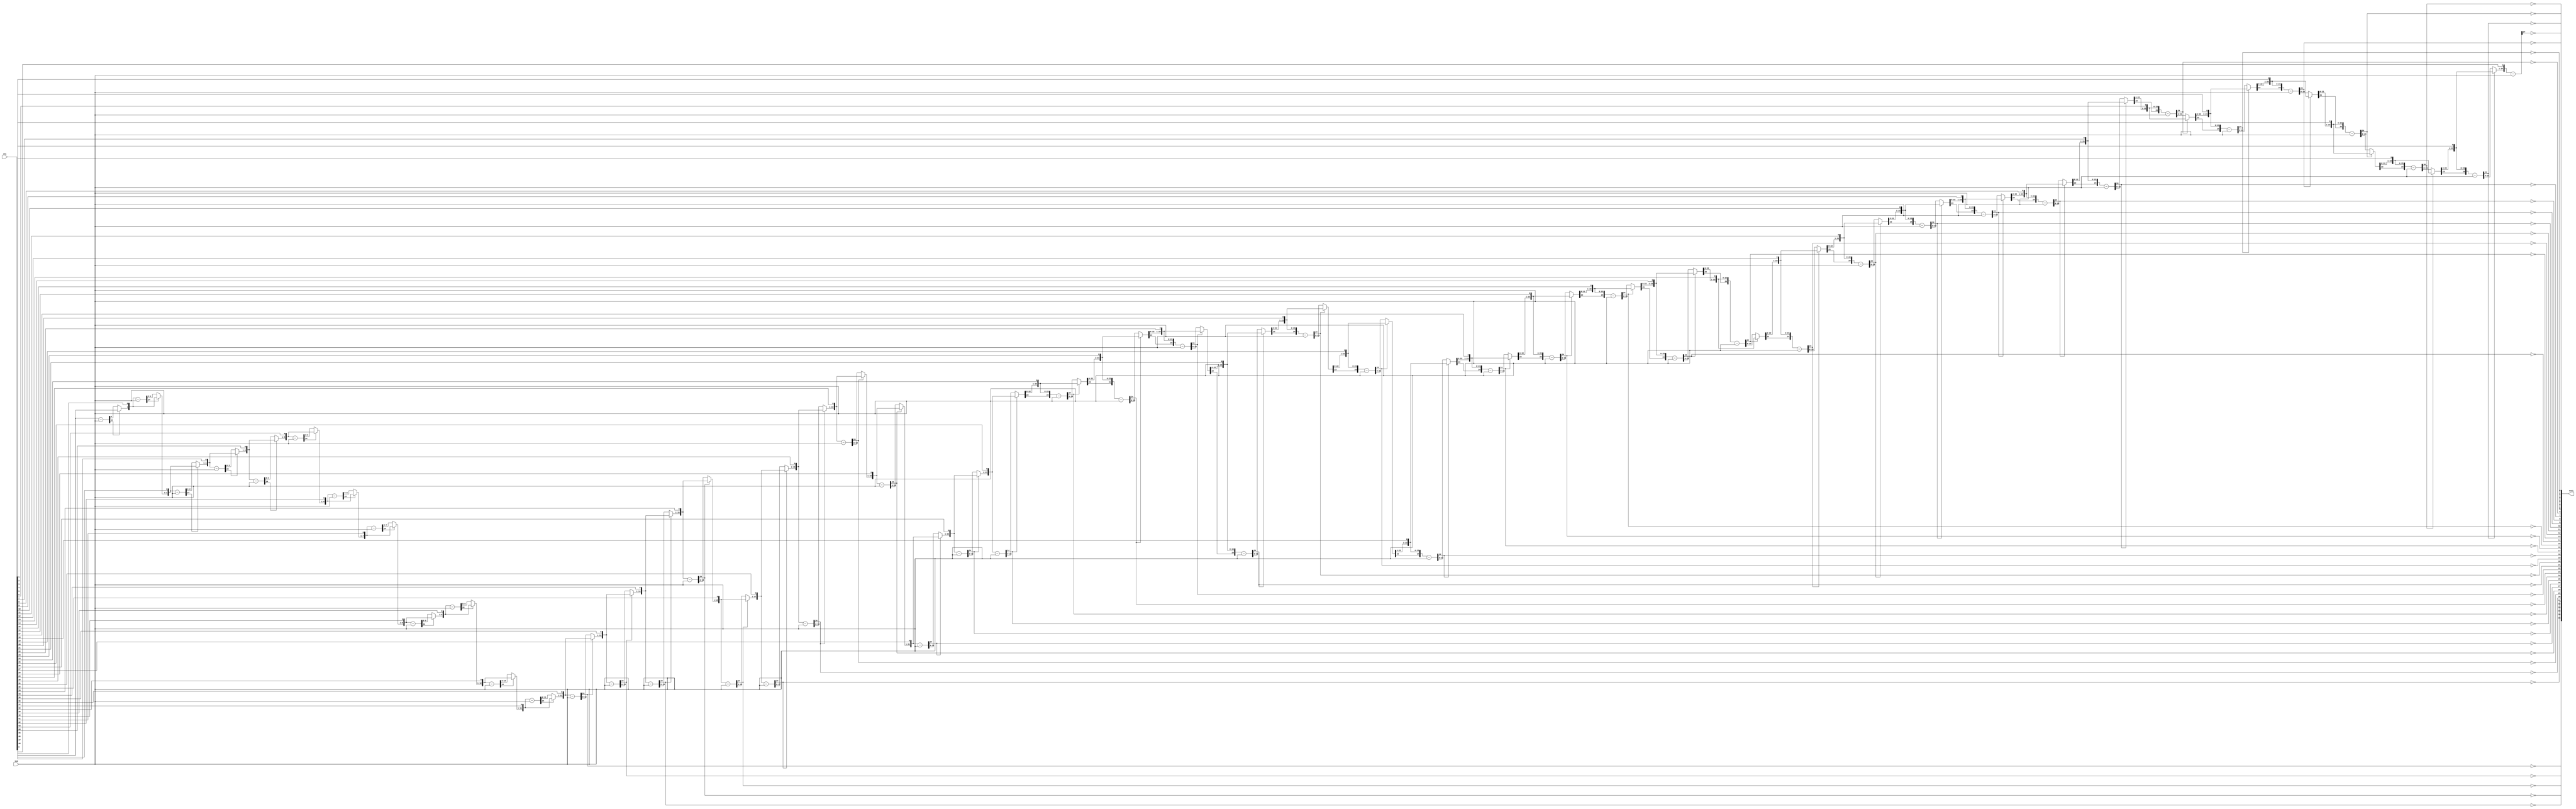
`timescale 1ps / 1ps
/*****************************************************************************
    Verilog RTL Description
    
    
    Created by: Stratus DpOpt 21.05.01 
*******************************************************************************/

module SobelFilter_DivRem_4 (
	in1,
	in2,
	out1
	); /* architecture "behavioural" */ 
input [48:0] in1;
input [23:0] in2;
output [36:0] out1;
wire [36:0] asc001_0;
wire [24:0] in1_1;
wire [0:0] in1_2;
wire [24:0] in1_4;
wire [1:0] in1_5;
wire [24:0] in1_7;
wire [2:0] in1_8;
wire [24:0] in1_10;
wire [3:0] in1_11;
wire [24:0] in1_13;
wire [4:0] in1_14;
wire [24:0] in1_16;
wire [5:0] in1_17;
wire [24:0] in1_19;
wire [6:0] in1_20;
wire [24:0] in1_22;
wire [7:0] in1_23;
wire [24:0] in1_25;
wire [8:0] in1_26;
wire [24:0] in1_28;
wire [9:0] in1_29;
wire [24:0] in1_31;
wire [10:0] in1_32;
wire [24:0] in1_34;
wire [11:0] in1_35;
wire [24:0] in1_37;
wire [12:0] in1_38;
wire [24:0] in1_40;
wire [13:0] in1_41;
wire [24:0] in1_43;
wire [14:0] in1_44;
wire [24:0] in1_46;
wire [15:0] in1_47;
wire [24:0] in1_49;
wire [16:0] in1_50;
wire [24:0] in1_52;
wire [17:0] in1_53;
wire [24:0] in1_55;
wire [18:0] in1_56;
wire [24:0] in1_58;
wire [19:0] in1_59;
wire [24:0] in1_61;
wire [20:0] in1_62;
wire [24:0] in1_64;
wire [21:0] in1_65;
wire [24:0] in1_67;
wire [22:0] in1_68;
wire [24:0] in1_70;
wire [23:0] in1_71;
wire [24:0] in1_73,
	in1_74,
	in1_76;
wire [25:0] in1_77;
wire [24:0] in1_79;
wire [26:0] in1_80;
wire [24:0] in1_82;
wire [27:0] in1_83;
wire [24:0] in1_85;
wire [28:0] in1_86;
wire [24:0] in1_88;
wire [29:0] in1_89;
wire [24:0] in1_91;
wire [30:0] in1_92;
wire [24:0] in1_94;
wire [31:0] in1_95;
wire [24:0] in1_97;
wire [32:0] in1_98;
wire [24:0] in1_100;
wire [33:0] in1_101;
wire [24:0] in1_103;
wire [34:0] in1_104;
wire [24:0] in1_106;
wire [35:0] in1_107;
wire [24:0] in1_109;
wire [36:0] in1_110;
wire [24:0] in1_112;
wire [37:0] in1_113;
wire [24:0] in1_115;
wire [38:0] in1_116;
wire [24:0] in1_118;
wire [39:0] in1_119;
wire [24:0] in1_121;
wire [40:0] in1_122;
wire [24:0] in1_124;
wire [41:0] in1_125;
wire [24:0] in1_127;
wire [42:0] in1_128;
wire [24:0] in1_130;
wire [43:0] in1_131;
wire [24:0] in1_133;
wire [44:0] in1_134;
wire [24:0] in1_136;
wire [45:0] in1_137;
wire [24:0] in1_139;
wire [46:0] in1_140;
wire [24:0] in1_142;
wire [47:0] in1_143;
wire [48:0] in1_144;
wire [24:0] in1_145;
wire [1:0] in1_3_0,
	in1_3_1;
wire [2:0] in1_6_0,
	in1_6_1;
wire [3:0] in1_9_0,
	in1_9_1;
wire [4:0] in1_12_0,
	in1_12_1;
wire [5:0] in1_15_0,
	in1_15_1;
wire [6:0] in1_18_0,
	in1_18_1;
wire [7:0] in1_21_0,
	in1_21_1;
wire [8:0] in1_24_0,
	in1_24_1;
wire [9:0] in1_27_0,
	in1_27_1;
wire [10:0] in1_30_0,
	in1_30_1;
wire [11:0] in1_33_0,
	in1_33_1;
wire [12:0] in1_36_0,
	in1_36_1;
wire [13:0] in1_39_0,
	in1_39_1;
wire [14:0] in1_42_0,
	in1_42_1;
wire [15:0] in1_45_0,
	in1_45_1;
wire [16:0] in1_48_0,
	in1_48_1;
wire [17:0] in1_51_0,
	in1_51_1;
wire [18:0] in1_54_0,
	in1_54_1;
wire [19:0] in1_57_0,
	in1_57_1;
wire [20:0] in1_60_0,
	in1_60_1;
wire [21:0] in1_63_0,
	in1_63_1;
wire [22:0] in1_66_0,
	in1_66_1;
wire [23:0] in1_69_0,
	in1_69_1;
wire [24:0] in1_72_0,
	in1_72_1;
wire [25:0] in1_75_0,
	in1_75_1;
wire [26:0] in1_78_0,
	in1_78_1;
wire [27:0] in1_81_0,
	in1_81_1;
wire [28:0] in1_84_0,
	in1_84_1;
wire [29:0] in1_87_0,
	in1_87_1;
wire [30:0] in1_90_0,
	in1_90_1;
wire [31:0] in1_93_0,
	in1_93_1;
wire [32:0] in1_96_0,
	in1_96_1;
wire [33:0] in1_99_0,
	in1_99_1;
wire [34:0] in1_102_0,
	in1_102_1;
wire [35:0] in1_105_0,
	in1_105_1;
wire [36:0] in1_108_0,
	in1_108_1;
wire [37:0] in1_111_0,
	in1_111_1;
wire [38:0] in1_114_0,
	in1_114_1;
wire [39:0] in1_117_0,
	in1_117_1;
wire [40:0] in1_120_0,
	in1_120_1;
wire [41:0] in1_123_0,
	in1_123_1;
wire [42:0] in1_126_0,
	in1_126_1;
wire [43:0] in1_129_0,
	in1_129_1;
wire [44:0] in1_132_0,
	in1_132_1;
wire [45:0] in1_135_0,
	in1_135_1;
wire [46:0] in1_138_0,
	in1_138_1;
wire [47:0] in1_141_0,
	in1_141_1;

wire [24:0] in1_1_tmp_0;
assign in1_1_tmp_0 = 
	+(in1[48]);
assign in1_1 = in1_1_tmp_0
	-(in2);

reg [0:0] in1_2_tmp_1;
assign in1_2 = in1_2_tmp_1;
always @ (in1_1[24] or in1_1[0] or in1[48]) begin
	case (in1_1[24])
		1'B0 : in1_2_tmp_1 = in1_1[0] ;
		default : in1_2_tmp_1 = in1[48] ;
	endcase
end

assign in1_3_0 = {in1_2,in1[47]};

assign in1_3_1 = {in1_2,in1[47]};

wire [24:0] in1_4_tmp_2;
assign in1_4_tmp_2 = 
	+(in1_3_1);
assign in1_4 = in1_4_tmp_2
	-(in2);

reg [1:0] in1_5_tmp_3;
assign in1_5 = in1_5_tmp_3;
always @ (in1_4[24] or in1_4[1:0] or in1_3_0) begin
	case (in1_4[24])
		1'B0 : in1_5_tmp_3 = in1_4[1:0] ;
		default : in1_5_tmp_3 = in1_3_0 ;
	endcase
end

assign in1_6_0 = {in1_5,in1[46]};

assign in1_6_1 = {in1_5,in1[46]};

wire [24:0] in1_7_tmp_4;
assign in1_7_tmp_4 = 
	+(in1_6_1);
assign in1_7 = in1_7_tmp_4
	-(in2);

reg [2:0] in1_8_tmp_5;
assign in1_8 = in1_8_tmp_5;
always @ (in1_7[24] or in1_7[2:0] or in1_6_0) begin
	case (in1_7[24])
		1'B0 : in1_8_tmp_5 = in1_7[2:0] ;
		default : in1_8_tmp_5 = in1_6_0 ;
	endcase
end

assign in1_9_0 = {in1_8,in1[45]};

assign in1_9_1 = {in1_8,in1[45]};

wire [24:0] in1_10_tmp_6;
assign in1_10_tmp_6 = 
	+(in1_9_1);
assign in1_10 = in1_10_tmp_6
	-(in2);

reg [3:0] in1_11_tmp_7;
assign in1_11 = in1_11_tmp_7;
always @ (in1_10[24] or in1_10[3:0] or in1_9_0) begin
	case (in1_10[24])
		1'B0 : in1_11_tmp_7 = in1_10[3:0] ;
		default : in1_11_tmp_7 = in1_9_0 ;
	endcase
end

assign in1_12_0 = {in1_11,in1[44]};

assign in1_12_1 = {in1_11,in1[44]};

wire [24:0] in1_13_tmp_8;
assign in1_13_tmp_8 = 
	+(in1_12_1);
assign in1_13 = in1_13_tmp_8
	-(in2);

reg [4:0] in1_14_tmp_9;
assign in1_14 = in1_14_tmp_9;
always @ (in1_13[24] or in1_13[4:0] or in1_12_0) begin
	case (in1_13[24])
		1'B0 : in1_14_tmp_9 = in1_13[4:0] ;
		default : in1_14_tmp_9 = in1_12_0 ;
	endcase
end

assign in1_15_0 = {in1_14,in1[43]};

assign in1_15_1 = {in1_14,in1[43]};

wire [24:0] in1_16_tmp_10;
assign in1_16_tmp_10 = 
	+(in1_15_1);
assign in1_16 = in1_16_tmp_10
	-(in2);

reg [5:0] in1_17_tmp_11;
assign in1_17 = in1_17_tmp_11;
always @ (in1_16[24] or in1_16[5:0] or in1_15_0) begin
	case (in1_16[24])
		1'B0 : in1_17_tmp_11 = in1_16[5:0] ;
		default : in1_17_tmp_11 = in1_15_0 ;
	endcase
end

assign in1_18_0 = {in1_17,in1[42]};

assign in1_18_1 = {in1_17,in1[42]};

wire [24:0] in1_19_tmp_12;
assign in1_19_tmp_12 = 
	+(in1_18_1);
assign in1_19 = in1_19_tmp_12
	-(in2);

reg [6:0] in1_20_tmp_13;
assign in1_20 = in1_20_tmp_13;
always @ (in1_19[24] or in1_19[6:0] or in1_18_0) begin
	case (in1_19[24])
		1'B0 : in1_20_tmp_13 = in1_19[6:0] ;
		default : in1_20_tmp_13 = in1_18_0 ;
	endcase
end

assign in1_21_0 = {in1_20,in1[41]};

assign in1_21_1 = {in1_20,in1[41]};

wire [24:0] in1_22_tmp_14;
assign in1_22_tmp_14 = 
	+(in1_21_1);
assign in1_22 = in1_22_tmp_14
	-(in2);

reg [7:0] in1_23_tmp_15;
assign in1_23 = in1_23_tmp_15;
always @ (in1_22[24] or in1_22[7:0] or in1_21_0) begin
	case (in1_22[24])
		1'B0 : in1_23_tmp_15 = in1_22[7:0] ;
		default : in1_23_tmp_15 = in1_21_0 ;
	endcase
end

assign in1_24_0 = {in1_23,in1[40]};

assign in1_24_1 = {in1_23,in1[40]};

wire [24:0] in1_25_tmp_16;
assign in1_25_tmp_16 = 
	+(in1_24_1);
assign in1_25 = in1_25_tmp_16
	-(in2);

reg [8:0] in1_26_tmp_17;
assign in1_26 = in1_26_tmp_17;
always @ (in1_25[24] or in1_25[8:0] or in1_24_0) begin
	case (in1_25[24])
		1'B0 : in1_26_tmp_17 = in1_25[8:0] ;
		default : in1_26_tmp_17 = in1_24_0 ;
	endcase
end

assign in1_27_0 = {in1_26,in1[39]};

assign in1_27_1 = {in1_26,in1[39]};

wire [24:0] in1_28_tmp_18;
assign in1_28_tmp_18 = 
	+(in1_27_1);
assign in1_28 = in1_28_tmp_18
	-(in2);

reg [9:0] in1_29_tmp_19;
assign in1_29 = in1_29_tmp_19;
always @ (in1_28[24] or in1_28[9:0] or in1_27_0) begin
	case (in1_28[24])
		1'B0 : in1_29_tmp_19 = in1_28[9:0] ;
		default : in1_29_tmp_19 = in1_27_0 ;
	endcase
end

assign in1_30_0 = {in1_29,in1[38]};

assign in1_30_1 = {in1_29,in1[38]};

wire [24:0] in1_31_tmp_20;
assign in1_31_tmp_20 = 
	+(in1_30_1);
assign in1_31 = in1_31_tmp_20
	-(in2);

reg [10:0] in1_32_tmp_21;
assign in1_32 = in1_32_tmp_21;
always @ (in1_31[24] or in1_31[10:0] or in1_30_0) begin
	case (in1_31[24])
		1'B0 : in1_32_tmp_21 = in1_31[10:0] ;
		default : in1_32_tmp_21 = in1_30_0 ;
	endcase
end

assign in1_33_0 = {in1_32,in1[37]};

assign in1_33_1 = {in1_32,in1[37]};

wire [24:0] in1_34_tmp_22;
assign in1_34_tmp_22 = 
	+(in1_33_1);
assign in1_34 = in1_34_tmp_22
	-(in2);

reg [11:0] in1_35_tmp_23;
assign in1_35 = in1_35_tmp_23;
always @ (in1_34[24] or in1_34[11:0] or in1_33_0) begin
	case (in1_34[24])
		1'B0 : in1_35_tmp_23 = in1_34[11:0] ;
		default : in1_35_tmp_23 = in1_33_0 ;
	endcase
end

assign in1_36_0 = {in1_35,in1[36]};

assign in1_36_1 = {in1_35,in1[36]};

wire [24:0] in1_37_tmp_24;
assign in1_37_tmp_24 = 
	+(in1_36_1);
assign in1_37 = in1_37_tmp_24
	-(in2);

assign asc001_0[36] = ~in1_37[24];

reg [12:0] in1_38_tmp_25;
assign in1_38 = in1_38_tmp_25;
always @ (in1_37[24] or in1_37[12:0] or in1_36_0) begin
	case (in1_37[24])
		1'B0 : in1_38_tmp_25 = in1_37[12:0] ;
		default : in1_38_tmp_25 = in1_36_0 ;
	endcase
end

assign in1_39_0 = {in1_38,in1[35]};

assign in1_39_1 = {in1_38,in1[35]};

wire [24:0] in1_40_tmp_26;
assign in1_40_tmp_26 = 
	+(in1_39_1);
assign in1_40 = in1_40_tmp_26
	-(in2);

assign asc001_0[35] = ~in1_40[24];

reg [13:0] in1_41_tmp_27;
assign in1_41 = in1_41_tmp_27;
always @ (in1_40[24] or in1_40[13:0] or in1_39_0) begin
	case (in1_40[24])
		1'B0 : in1_41_tmp_27 = in1_40[13:0] ;
		default : in1_41_tmp_27 = in1_39_0 ;
	endcase
end

assign in1_42_0 = {in1_41,in1[34]};

assign in1_42_1 = {in1_41,in1[34]};

wire [24:0] in1_43_tmp_28;
assign in1_43_tmp_28 = 
	+(in1_42_1);
assign in1_43 = in1_43_tmp_28
	-(in2);

assign asc001_0[34] = ~in1_43[24];

reg [14:0] in1_44_tmp_29;
assign in1_44 = in1_44_tmp_29;
always @ (in1_43[24] or in1_43[14:0] or in1_42_0) begin
	case (in1_43[24])
		1'B0 : in1_44_tmp_29 = in1_43[14:0] ;
		default : in1_44_tmp_29 = in1_42_0 ;
	endcase
end

assign in1_45_0 = {in1_44,in1[33]};

assign in1_45_1 = {in1_44,in1[33]};

wire [24:0] in1_46_tmp_30;
assign in1_46_tmp_30 = 
	+(in1_45_1);
assign in1_46 = in1_46_tmp_30
	-(in2);

assign asc001_0[33] = ~in1_46[24];

reg [15:0] in1_47_tmp_31;
assign in1_47 = in1_47_tmp_31;
always @ (in1_46[24] or in1_46[15:0] or in1_45_0) begin
	case (in1_46[24])
		1'B0 : in1_47_tmp_31 = in1_46[15:0] ;
		default : in1_47_tmp_31 = in1_45_0 ;
	endcase
end

assign in1_48_0 = {in1_47,in1[32]};

assign in1_48_1 = {in1_47,in1[32]};

wire [24:0] in1_49_tmp_32;
assign in1_49_tmp_32 = 
	+(in1_48_1);
assign in1_49 = in1_49_tmp_32
	-(in2);

assign asc001_0[32] = ~in1_49[24];

reg [16:0] in1_50_tmp_33;
assign in1_50 = in1_50_tmp_33;
always @ (in1_49[24] or in1_49[16:0] or in1_48_0) begin
	case (in1_49[24])
		1'B0 : in1_50_tmp_33 = in1_49[16:0] ;
		default : in1_50_tmp_33 = in1_48_0 ;
	endcase
end

assign in1_51_0 = {in1_50,in1[31]};

assign in1_51_1 = {in1_50,in1[31]};

wire [24:0] in1_52_tmp_34;
assign in1_52_tmp_34 = 
	+(in1_51_1);
assign in1_52 = in1_52_tmp_34
	-(in2);

assign asc001_0[31] = ~in1_52[24];

reg [17:0] in1_53_tmp_35;
assign in1_53 = in1_53_tmp_35;
always @ (in1_52[24] or in1_52[17:0] or in1_51_0) begin
	case (in1_52[24])
		1'B0 : in1_53_tmp_35 = in1_52[17:0] ;
		default : in1_53_tmp_35 = in1_51_0 ;
	endcase
end

assign in1_54_0 = {in1_53,in1[30]};

assign in1_54_1 = {in1_53,in1[30]};

wire [24:0] in1_55_tmp_36;
assign in1_55_tmp_36 = 
	+(in1_54_1);
assign in1_55 = in1_55_tmp_36
	-(in2);

assign asc001_0[30] = ~in1_55[24];

reg [18:0] in1_56_tmp_37;
assign in1_56 = in1_56_tmp_37;
always @ (in1_55[24] or in1_55[18:0] or in1_54_0) begin
	case (in1_55[24])
		1'B0 : in1_56_tmp_37 = in1_55[18:0] ;
		default : in1_56_tmp_37 = in1_54_0 ;
	endcase
end

assign in1_57_0 = {in1_56,in1[29]};

assign in1_57_1 = {in1_56,in1[29]};

wire [24:0] in1_58_tmp_38;
assign in1_58_tmp_38 = 
	+(in1_57_1);
assign in1_58 = in1_58_tmp_38
	-(in2);

assign asc001_0[29] = ~in1_58[24];

reg [19:0] in1_59_tmp_39;
assign in1_59 = in1_59_tmp_39;
always @ (in1_58[24] or in1_58[19:0] or in1_57_0) begin
	case (in1_58[24])
		1'B0 : in1_59_tmp_39 = in1_58[19:0] ;
		default : in1_59_tmp_39 = in1_57_0 ;
	endcase
end

assign in1_60_0 = {in1_59,in1[28]};

assign in1_60_1 = {in1_59,in1[28]};

wire [24:0] in1_61_tmp_40;
assign in1_61_tmp_40 = 
	+(in1_60_1);
assign in1_61 = in1_61_tmp_40
	-(in2);

assign asc001_0[28] = ~in1_61[24];

reg [20:0] in1_62_tmp_41;
assign in1_62 = in1_62_tmp_41;
always @ (in1_61[24] or in1_61[20:0] or in1_60_0) begin
	case (in1_61[24])
		1'B0 : in1_62_tmp_41 = in1_61[20:0] ;
		default : in1_62_tmp_41 = in1_60_0 ;
	endcase
end

assign in1_63_0 = {in1_62,in1[27]};

assign in1_63_1 = {in1_62,in1[27]};

wire [24:0] in1_64_tmp_42;
assign in1_64_tmp_42 = 
	+(in1_63_1);
assign in1_64 = in1_64_tmp_42
	-(in2);

assign asc001_0[27] = ~in1_64[24];

reg [21:0] in1_65_tmp_43;
assign in1_65 = in1_65_tmp_43;
always @ (in1_64[24] or in1_64[21:0] or in1_63_0) begin
	case (in1_64[24])
		1'B0 : in1_65_tmp_43 = in1_64[21:0] ;
		default : in1_65_tmp_43 = in1_63_0 ;
	endcase
end

assign in1_66_0 = {in1_65,in1[26]};

assign in1_66_1 = {in1_65,in1[26]};

wire [24:0] in1_67_tmp_44;
assign in1_67_tmp_44 = 
	+(in1_66_1);
assign in1_67 = in1_67_tmp_44
	-(in2);

assign asc001_0[26] = ~in1_67[24];

reg [22:0] in1_68_tmp_45;
assign in1_68 = in1_68_tmp_45;
always @ (in1_67[24] or in1_67[22:0] or in1_66_0) begin
	case (in1_67[24])
		1'B0 : in1_68_tmp_45 = in1_67[22:0] ;
		default : in1_68_tmp_45 = in1_66_0 ;
	endcase
end

assign in1_69_0 = {in1_68,in1[25]};

assign in1_69_1 = {in1_68,in1[25]};

wire [24:0] in1_70_tmp_46;
assign in1_70_tmp_46 = 
	+(in1_69_1);
assign in1_70 = in1_70_tmp_46
	-(in2);

assign asc001_0[25] = ~in1_70[24];

reg [23:0] in1_71_tmp_47;
assign in1_71 = in1_71_tmp_47;
always @ (in1_70[24] or in1_70[23:0] or in1_69_0) begin
	case (in1_70[24])
		1'B0 : in1_71_tmp_47 = in1_70[23:0] ;
		default : in1_71_tmp_47 = in1_69_0 ;
	endcase
end

assign in1_72_0 = {in1_71,in1[24]};

assign in1_72_1 = {in1_71,in1[24]};

wire [24:0] in1_73_tmp_48;
assign in1_73_tmp_48 = 
	+(in1_72_1);
assign in1_73 = in1_73_tmp_48
	-(in2);

assign asc001_0[24] = ~in1_73[24];

reg [24:0] in1_74_tmp_49;
assign in1_74 = in1_74_tmp_49;
always @ (in1_73[24] or in1_73 or in1_72_0) begin
	case (in1_73[24])
		1'B0 : in1_74_tmp_49 = in1_73 ;
		default : in1_74_tmp_49 = in1_72_0 ;
	endcase
end

assign in1_75_0 = {in1_74,in1[23]};

assign in1_75_1 = {in1_74,in1[23]};

wire [24:0] in1_76_tmp_50;
assign in1_76_tmp_50 = 
	+(in1_75_1[24:0]);
assign in1_76 = in1_76_tmp_50
	-(in2);

assign asc001_0[23] = ~in1_76[24];

reg [25:0] in1_77_tmp_51;
assign in1_77 = in1_77_tmp_51;
always @ (in1_76[24] or in1_76 or in1_75_0) begin
	case (in1_76[24])
		1'B0 : in1_77_tmp_51 = in1_76 ;
		default : in1_77_tmp_51 = in1_75_0 ;
	endcase
end

assign in1_78_0 = {in1_77,in1[22]};

assign in1_78_1 = {in1_77,in1[22]};

wire [24:0] in1_79_tmp_52;
assign in1_79_tmp_52 = 
	+(in1_78_1[24:0]);
assign in1_79 = in1_79_tmp_52
	-(in2);

assign asc001_0[22] = ~in1_79[24];

reg [26:0] in1_80_tmp_53;
assign in1_80 = in1_80_tmp_53;
always @ (in1_79[24] or in1_79 or in1_78_0) begin
	case (in1_79[24])
		1'B0 : in1_80_tmp_53 = in1_79 ;
		default : in1_80_tmp_53 = in1_78_0 ;
	endcase
end

assign in1_81_0 = {in1_80,in1[21]};

assign in1_81_1 = {in1_80,in1[21]};

wire [24:0] in1_82_tmp_54;
assign in1_82_tmp_54 = 
	+(in1_81_1[24:0]);
assign in1_82 = in1_82_tmp_54
	-(in2);

assign asc001_0[21] = ~in1_82[24];

reg [27:0] in1_83_tmp_55;
assign in1_83 = in1_83_tmp_55;
always @ (in1_82[24] or in1_82 or in1_81_0) begin
	case (in1_82[24])
		1'B0 : in1_83_tmp_55 = in1_82 ;
		default : in1_83_tmp_55 = in1_81_0 ;
	endcase
end

assign in1_84_0 = {in1_83,in1[20]};

assign in1_84_1 = {in1_83,in1[20]};

wire [24:0] in1_85_tmp_56;
assign in1_85_tmp_56 = 
	+(in1_84_1[24:0]);
assign in1_85 = in1_85_tmp_56
	-(in2);

assign asc001_0[20] = ~in1_85[24];

reg [28:0] in1_86_tmp_57;
assign in1_86 = in1_86_tmp_57;
always @ (in1_85[24] or in1_85 or in1_84_0) begin
	case (in1_85[24])
		1'B0 : in1_86_tmp_57 = in1_85 ;
		default : in1_86_tmp_57 = in1_84_0 ;
	endcase
end

assign in1_87_0 = {in1_86,in1[19]};

assign in1_87_1 = {in1_86,in1[19]};

wire [24:0] in1_88_tmp_58;
assign in1_88_tmp_58 = 
	+(in1_87_1[24:0]);
assign in1_88 = in1_88_tmp_58
	-(in2);

assign asc001_0[19] = ~in1_88[24];

reg [29:0] in1_89_tmp_59;
assign in1_89 = in1_89_tmp_59;
always @ (in1_88[24] or in1_88 or in1_87_0) begin
	case (in1_88[24])
		1'B0 : in1_89_tmp_59 = in1_88 ;
		default : in1_89_tmp_59 = in1_87_0 ;
	endcase
end

assign in1_90_0 = {in1_89,in1[18]};

assign in1_90_1 = {in1_89,in1[18]};

wire [24:0] in1_91_tmp_60;
assign in1_91_tmp_60 = 
	+(in1_90_1[24:0]);
assign in1_91 = in1_91_tmp_60
	-(in2);

assign asc001_0[18] = ~in1_91[24];

reg [30:0] in1_92_tmp_61;
assign in1_92 = in1_92_tmp_61;
always @ (in1_91[24] or in1_91 or in1_90_0) begin
	case (in1_91[24])
		1'B0 : in1_92_tmp_61 = in1_91 ;
		default : in1_92_tmp_61 = in1_90_0 ;
	endcase
end

assign in1_93_0 = {in1_92,in1[17]};

assign in1_93_1 = {in1_92,in1[17]};

wire [24:0] in1_94_tmp_62;
assign in1_94_tmp_62 = 
	+(in1_93_1[24:0]);
assign in1_94 = in1_94_tmp_62
	-(in2);

assign asc001_0[17] = ~in1_94[24];

reg [31:0] in1_95_tmp_63;
assign in1_95 = in1_95_tmp_63;
always @ (in1_94[24] or in1_94 or in1_93_0) begin
	case (in1_94[24])
		1'B0 : in1_95_tmp_63 = in1_94 ;
		default : in1_95_tmp_63 = in1_93_0 ;
	endcase
end

assign in1_96_0 = {in1_95,in1[16]};

assign in1_96_1 = {in1_95,in1[16]};

wire [24:0] in1_97_tmp_64;
assign in1_97_tmp_64 = 
	+(in1_96_1[24:0]);
assign in1_97 = in1_97_tmp_64
	-(in2);

assign asc001_0[16] = ~in1_97[24];

reg [32:0] in1_98_tmp_65;
assign in1_98 = in1_98_tmp_65;
always @ (in1_97[24] or in1_97 or in1_96_0) begin
	case (in1_97[24])
		1'B0 : in1_98_tmp_65 = in1_97 ;
		default : in1_98_tmp_65 = in1_96_0 ;
	endcase
end

assign in1_99_0 = {in1_98,in1[15]};

assign in1_99_1 = {in1_98,in1[15]};

wire [24:0] in1_100_tmp_66;
assign in1_100_tmp_66 = 
	+(in1_99_1[24:0]);
assign in1_100 = in1_100_tmp_66
	-(in2);

assign asc001_0[15] = ~in1_100[24];

reg [33:0] in1_101_tmp_67;
assign in1_101 = in1_101_tmp_67;
always @ (in1_100[24] or in1_100 or in1_99_0) begin
	case (in1_100[24])
		1'B0 : in1_101_tmp_67 = in1_100 ;
		default : in1_101_tmp_67 = in1_99_0 ;
	endcase
end

assign in1_102_0 = {in1_101,in1[14]};

assign in1_102_1 = {in1_101,in1[14]};

wire [24:0] in1_103_tmp_68;
assign in1_103_tmp_68 = 
	+(in1_102_1[24:0]);
assign in1_103 = in1_103_tmp_68
	-(in2);

assign asc001_0[14] = ~in1_103[24];

reg [34:0] in1_104_tmp_69;
assign in1_104 = in1_104_tmp_69;
always @ (in1_103[24] or in1_103 or in1_102_0) begin
	case (in1_103[24])
		1'B0 : in1_104_tmp_69 = in1_103 ;
		default : in1_104_tmp_69 = in1_102_0 ;
	endcase
end

assign in1_105_0 = {in1_104,in1[13]};

assign in1_105_1 = {in1_104,in1[13]};

wire [24:0] in1_106_tmp_70;
assign in1_106_tmp_70 = 
	+(in1_105_1[24:0]);
assign in1_106 = in1_106_tmp_70
	-(in2);

assign asc001_0[13] = ~in1_106[24];

reg [35:0] in1_107_tmp_71;
assign in1_107 = in1_107_tmp_71;
always @ (in1_106[24] or in1_106 or in1_105_0) begin
	case (in1_106[24])
		1'B0 : in1_107_tmp_71 = in1_106 ;
		default : in1_107_tmp_71 = in1_105_0 ;
	endcase
end

assign in1_108_0 = {in1_107,in1[12]};

assign in1_108_1 = {in1_107,in1[12]};

wire [24:0] in1_109_tmp_72;
assign in1_109_tmp_72 = 
	+(in1_108_1[24:0]);
assign in1_109 = in1_109_tmp_72
	-(in2);

assign asc001_0[12] = ~in1_109[24];

reg [36:0] in1_110_tmp_73;
assign in1_110 = in1_110_tmp_73;
always @ (in1_109[24] or in1_109 or in1_108_0) begin
	case (in1_109[24])
		1'B0 : in1_110_tmp_73 = in1_109 ;
		default : in1_110_tmp_73 = in1_108_0 ;
	endcase
end

assign in1_111_0 = {in1_110,in1[11]};

assign in1_111_1 = {in1_110,in1[11]};

wire [24:0] in1_112_tmp_74;
assign in1_112_tmp_74 = 
	+(in1_111_1[24:0]);
assign in1_112 = in1_112_tmp_74
	-(in2);

assign asc001_0[11] = ~in1_112[24];

reg [37:0] in1_113_tmp_75;
assign in1_113 = in1_113_tmp_75;
always @ (in1_112[24] or in1_112 or in1_111_0) begin
	case (in1_112[24])
		1'B0 : in1_113_tmp_75 = in1_112 ;
		default : in1_113_tmp_75 = in1_111_0 ;
	endcase
end

assign in1_114_0 = {in1_113,in1[10]};

assign in1_114_1 = {in1_113,in1[10]};

wire [24:0] in1_115_tmp_76;
assign in1_115_tmp_76 = 
	+(in1_114_1[24:0]);
assign in1_115 = in1_115_tmp_76
	-(in2);

assign asc001_0[10] = ~in1_115[24];

reg [38:0] in1_116_tmp_77;
assign in1_116 = in1_116_tmp_77;
always @ (in1_115[24] or in1_115 or in1_114_0) begin
	case (in1_115[24])
		1'B0 : in1_116_tmp_77 = in1_115 ;
		default : in1_116_tmp_77 = in1_114_0 ;
	endcase
end

assign in1_117_0 = {in1_116,in1[9]};

assign in1_117_1 = {in1_116,in1[9]};

wire [24:0] in1_118_tmp_78;
assign in1_118_tmp_78 = 
	+(in1_117_1[24:0]);
assign in1_118 = in1_118_tmp_78
	-(in2);

assign asc001_0[9] = ~in1_118[24];

reg [39:0] in1_119_tmp_79;
assign in1_119 = in1_119_tmp_79;
always @ (in1_118[24] or in1_118 or in1_117_0) begin
	case (in1_118[24])
		1'B0 : in1_119_tmp_79 = in1_118 ;
		default : in1_119_tmp_79 = in1_117_0 ;
	endcase
end

assign in1_120_0 = {in1_119,in1[8]};

assign in1_120_1 = {in1_119,in1[8]};

wire [24:0] in1_121_tmp_80;
assign in1_121_tmp_80 = 
	+(in1_120_1[24:0]);
assign in1_121 = in1_121_tmp_80
	-(in2);

assign asc001_0[8] = ~in1_121[24];

reg [40:0] in1_122_tmp_81;
assign in1_122 = in1_122_tmp_81;
always @ (in1_121[24] or in1_121 or in1_120_0) begin
	case (in1_121[24])
		1'B0 : in1_122_tmp_81 = in1_121 ;
		default : in1_122_tmp_81 = in1_120_0 ;
	endcase
end

assign in1_123_0 = {in1_122,in1[7]};

assign in1_123_1 = {in1_122,in1[7]};

wire [24:0] in1_124_tmp_82;
assign in1_124_tmp_82 = 
	+(in1_123_1[24:0]);
assign in1_124 = in1_124_tmp_82
	-(in2);

assign asc001_0[7] = ~in1_124[24];

reg [41:0] in1_125_tmp_83;
assign in1_125 = in1_125_tmp_83;
always @ (in1_124[24] or in1_124 or in1_123_0) begin
	case (in1_124[24])
		1'B0 : in1_125_tmp_83 = in1_124 ;
		default : in1_125_tmp_83 = in1_123_0 ;
	endcase
end

assign in1_126_0 = {in1_125,in1[6]};

assign in1_126_1 = {in1_125,in1[6]};

wire [24:0] in1_127_tmp_84;
assign in1_127_tmp_84 = 
	+(in1_126_1[24:0]);
assign in1_127 = in1_127_tmp_84
	-(in2);

assign asc001_0[6] = ~in1_127[24];

reg [42:0] in1_128_tmp_85;
assign in1_128 = in1_128_tmp_85;
always @ (in1_127[24] or in1_127 or in1_126_0) begin
	case (in1_127[24])
		1'B0 : in1_128_tmp_85 = in1_127 ;
		default : in1_128_tmp_85 = in1_126_0 ;
	endcase
end

assign in1_129_0 = {in1_128,in1[5]};

assign in1_129_1 = {in1_128,in1[5]};

wire [24:0] in1_130_tmp_86;
assign in1_130_tmp_86 = 
	+(in1_129_1[24:0]);
assign in1_130 = in1_130_tmp_86
	-(in2);

assign asc001_0[5] = ~in1_130[24];

reg [43:0] in1_131_tmp_87;
assign in1_131 = in1_131_tmp_87;
always @ (in1_130[24] or in1_130 or in1_129_0) begin
	case (in1_130[24])
		1'B0 : in1_131_tmp_87 = in1_130 ;
		default : in1_131_tmp_87 = in1_129_0 ;
	endcase
end

assign in1_132_0 = {in1_131,in1[4]};

assign in1_132_1 = {in1_131,in1[4]};

wire [24:0] in1_133_tmp_88;
assign in1_133_tmp_88 = 
	+(in1_132_1[24:0]);
assign in1_133 = in1_133_tmp_88
	-(in2);

assign asc001_0[4] = ~in1_133[24];

reg [44:0] in1_134_tmp_89;
assign in1_134 = in1_134_tmp_89;
always @ (in1_133[24] or in1_133 or in1_132_0) begin
	case (in1_133[24])
		1'B0 : in1_134_tmp_89 = in1_133 ;
		default : in1_134_tmp_89 = in1_132_0 ;
	endcase
end

assign in1_135_0 = {in1_134,in1[3]};

assign in1_135_1 = {in1_134,in1[3]};

wire [24:0] in1_136_tmp_90;
assign in1_136_tmp_90 = 
	+(in1_135_1[24:0]);
assign in1_136 = in1_136_tmp_90
	-(in2);

assign asc001_0[3] = ~in1_136[24];

reg [45:0] in1_137_tmp_91;
assign in1_137 = in1_137_tmp_91;
always @ (in1_136[24] or in1_136 or in1_135_0) begin
	case (in1_136[24])
		1'B0 : in1_137_tmp_91 = in1_136 ;
		default : in1_137_tmp_91 = in1_135_0 ;
	endcase
end

assign in1_138_0 = {in1_137,in1[2]};

assign in1_138_1 = {in1_137,in1[2]};

wire [24:0] in1_139_tmp_92;
assign in1_139_tmp_92 = 
	+(in1_138_1[24:0]);
assign in1_139 = in1_139_tmp_92
	-(in2);

assign asc001_0[2] = ~in1_139[24];

reg [46:0] in1_140_tmp_93;
assign in1_140 = in1_140_tmp_93;
always @ (in1_139[24] or in1_139 or in1_138_0) begin
	case (in1_139[24])
		1'B0 : in1_140_tmp_93 = in1_139 ;
		default : in1_140_tmp_93 = in1_138_0 ;
	endcase
end

assign in1_141_0 = {in1_140,in1[1]};

assign in1_141_1 = {in1_140,in1[1]};

wire [24:0] in1_142_tmp_94;
assign in1_142_tmp_94 = 
	+(in1_141_1[24:0]);
assign in1_142 = in1_142_tmp_94
	-(in2);

assign asc001_0[1] = ~in1_142[24];

reg [47:0] in1_143_tmp_95;
assign in1_143 = in1_143_tmp_95;
always @ (in1_142[24] or in1_142 or in1_141_0) begin
	case (in1_142[24])
		1'B0 : in1_143_tmp_95 = in1_142 ;
		default : in1_143_tmp_95 = in1_141_0 ;
	endcase
end

assign in1_144 = {in1_143,in1[0]};

wire [24:0] in1_145_tmp_96;
assign in1_145_tmp_96 = 
	+(in1_144[24:0]);
assign in1_145 = in1_145_tmp_96
	-(in2);

assign asc001_0[0] = ~in1_145[24];

assign out1 = asc001_0;
endmodule

/* CADENCE  ubbxSw7cqg== : u9/ySxbfrwZIxEzHVQQV8Q== ** DO NOT EDIT THIS LINE **/